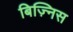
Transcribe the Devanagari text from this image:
बिज़्निस